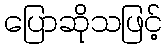
ပြောဆိုသဖြင့်